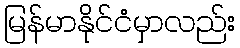
မြန်မာနိုင်ငံမှာလည်း